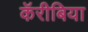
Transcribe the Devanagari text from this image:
कॅरीबिया